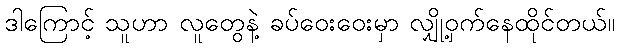
ဒါကြောင့် သူဟာ လူတွေနဲ့ ခပ်ဝေးဝေးမှာ လျှို့ဝှက်နေထိုင်တယ်။